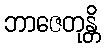
ဘာဇေတုန္တိ